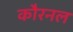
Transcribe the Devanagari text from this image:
कौरनल